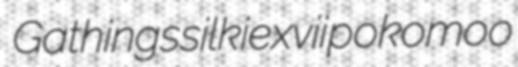
Gathings silkie xvii pokomoo